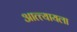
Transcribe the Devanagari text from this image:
आत्त्यायला